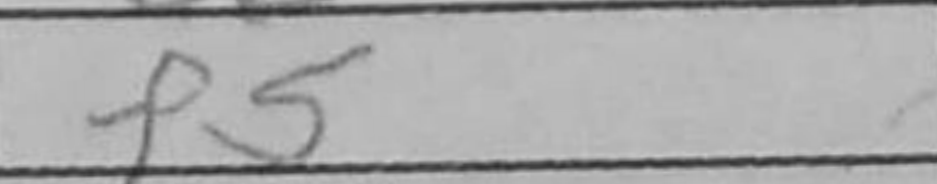
Transcription: f5